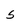
Character: 5